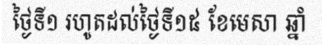
ថ្ងៃទី១ រហូតដល់ថ្ងៃទី១៥ ខែមេសា ឆ្នាំ